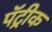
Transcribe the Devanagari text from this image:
पॅट्रीक